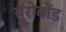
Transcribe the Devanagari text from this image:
यूरोबोंड